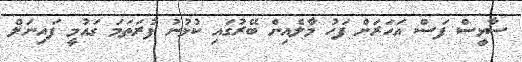
ސާޅީސް ފަސް އަހަރަށް ފަހު މާލެއިން ބޭރުގައި ކުޅުނު ފުރަތަމަ ގައުމީ ފައިނަލް